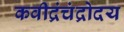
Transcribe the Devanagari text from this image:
कवीद्रंचंद्रोदय